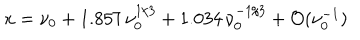
LaTeX: x = \nu _ { 0 } + 1 . 8 5 7 \, \nu _ { 0 } ^ { 1 / 3 } + 1 . 0 3 4 \, \nu _ { 0 } ^ { - 1 / 3 } + { \cal O } ( \nu _ { 0 } ^ { - 1 } )